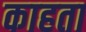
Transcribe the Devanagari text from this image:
काहता